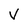
Character: V